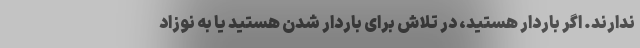
ندارند. اگر باردار هستید، در تلاش برای باردار شدن هستید یا به نوزاد